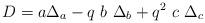
LaTeX: \begin{align*}D = a \Delta_a - q\ b \ \Delta_b + q^2\ c\ \Delta _c\end{align*}